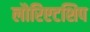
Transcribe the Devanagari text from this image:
लौरिएटशिप